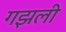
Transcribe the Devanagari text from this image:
गझली